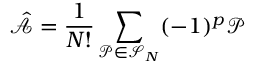
\hat { \mathcal { A } } = \frac { 1 } { N ! } \sum _ { \mathcal { P } \in \mathcal { S } _ { N } } ( - 1 ) ^ { p } \mathcal { P }